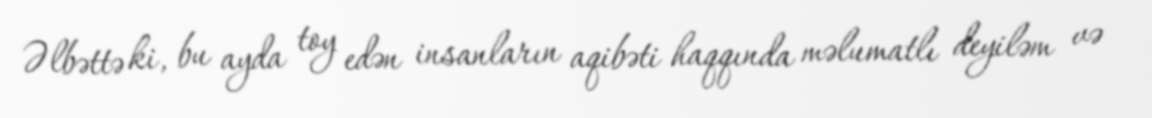
Əlbəttə ki, bu ayda toy edən insanların aqibəti haqqında məlumatlı deyiləm və